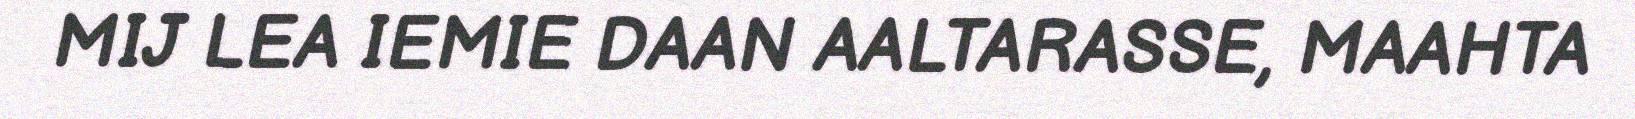
MIJ LEA IEMIE DAAN AALTARASSE, MAAHTA